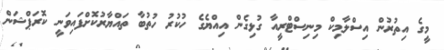
މީގެ އިތުރުން އިސްލާމިކް މިނިސްޓްރީއާ ގުޅިގެން އިއްޔެގެ ހުކުރު ހުތުބާ ތައްޔާރުކޮށްފައިވަނީ ކޮރަޕްޝަން